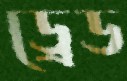
ড্রেড